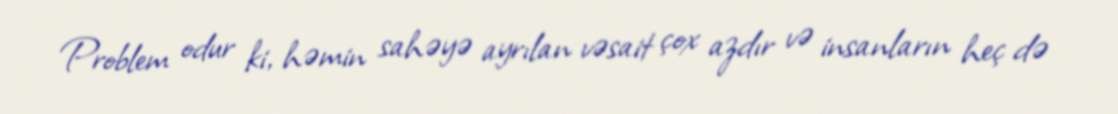
Problem odur ki, həmin sahəyə ayrılan vəsait çox azdır və insanların heç də